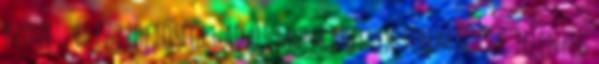
kedvet, és ez lehetőséget ad új munkahelyek teremtésére. Jelenleg